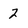
Character: 2